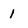
Character: 1